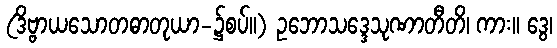
(ဒိဗ္ဗာယသောတဓာတုယာ-၌စပ်။) ဥဘောသဒ္ဒေသုဏာတီတိ၊ ကား။ ဒွေ၊